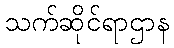
သက်ဆိုင်ရာဌာန